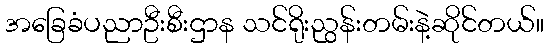
အခြေခံပညာဦးစီးဌာန သင်ရိုးညွန်းတမ်းနဲ့ဆိုင်တယ်။